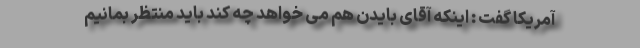
آمریکا گفت : اینکه آقای بایدن هم می خواهد چه کند باید منتظر بمانیم